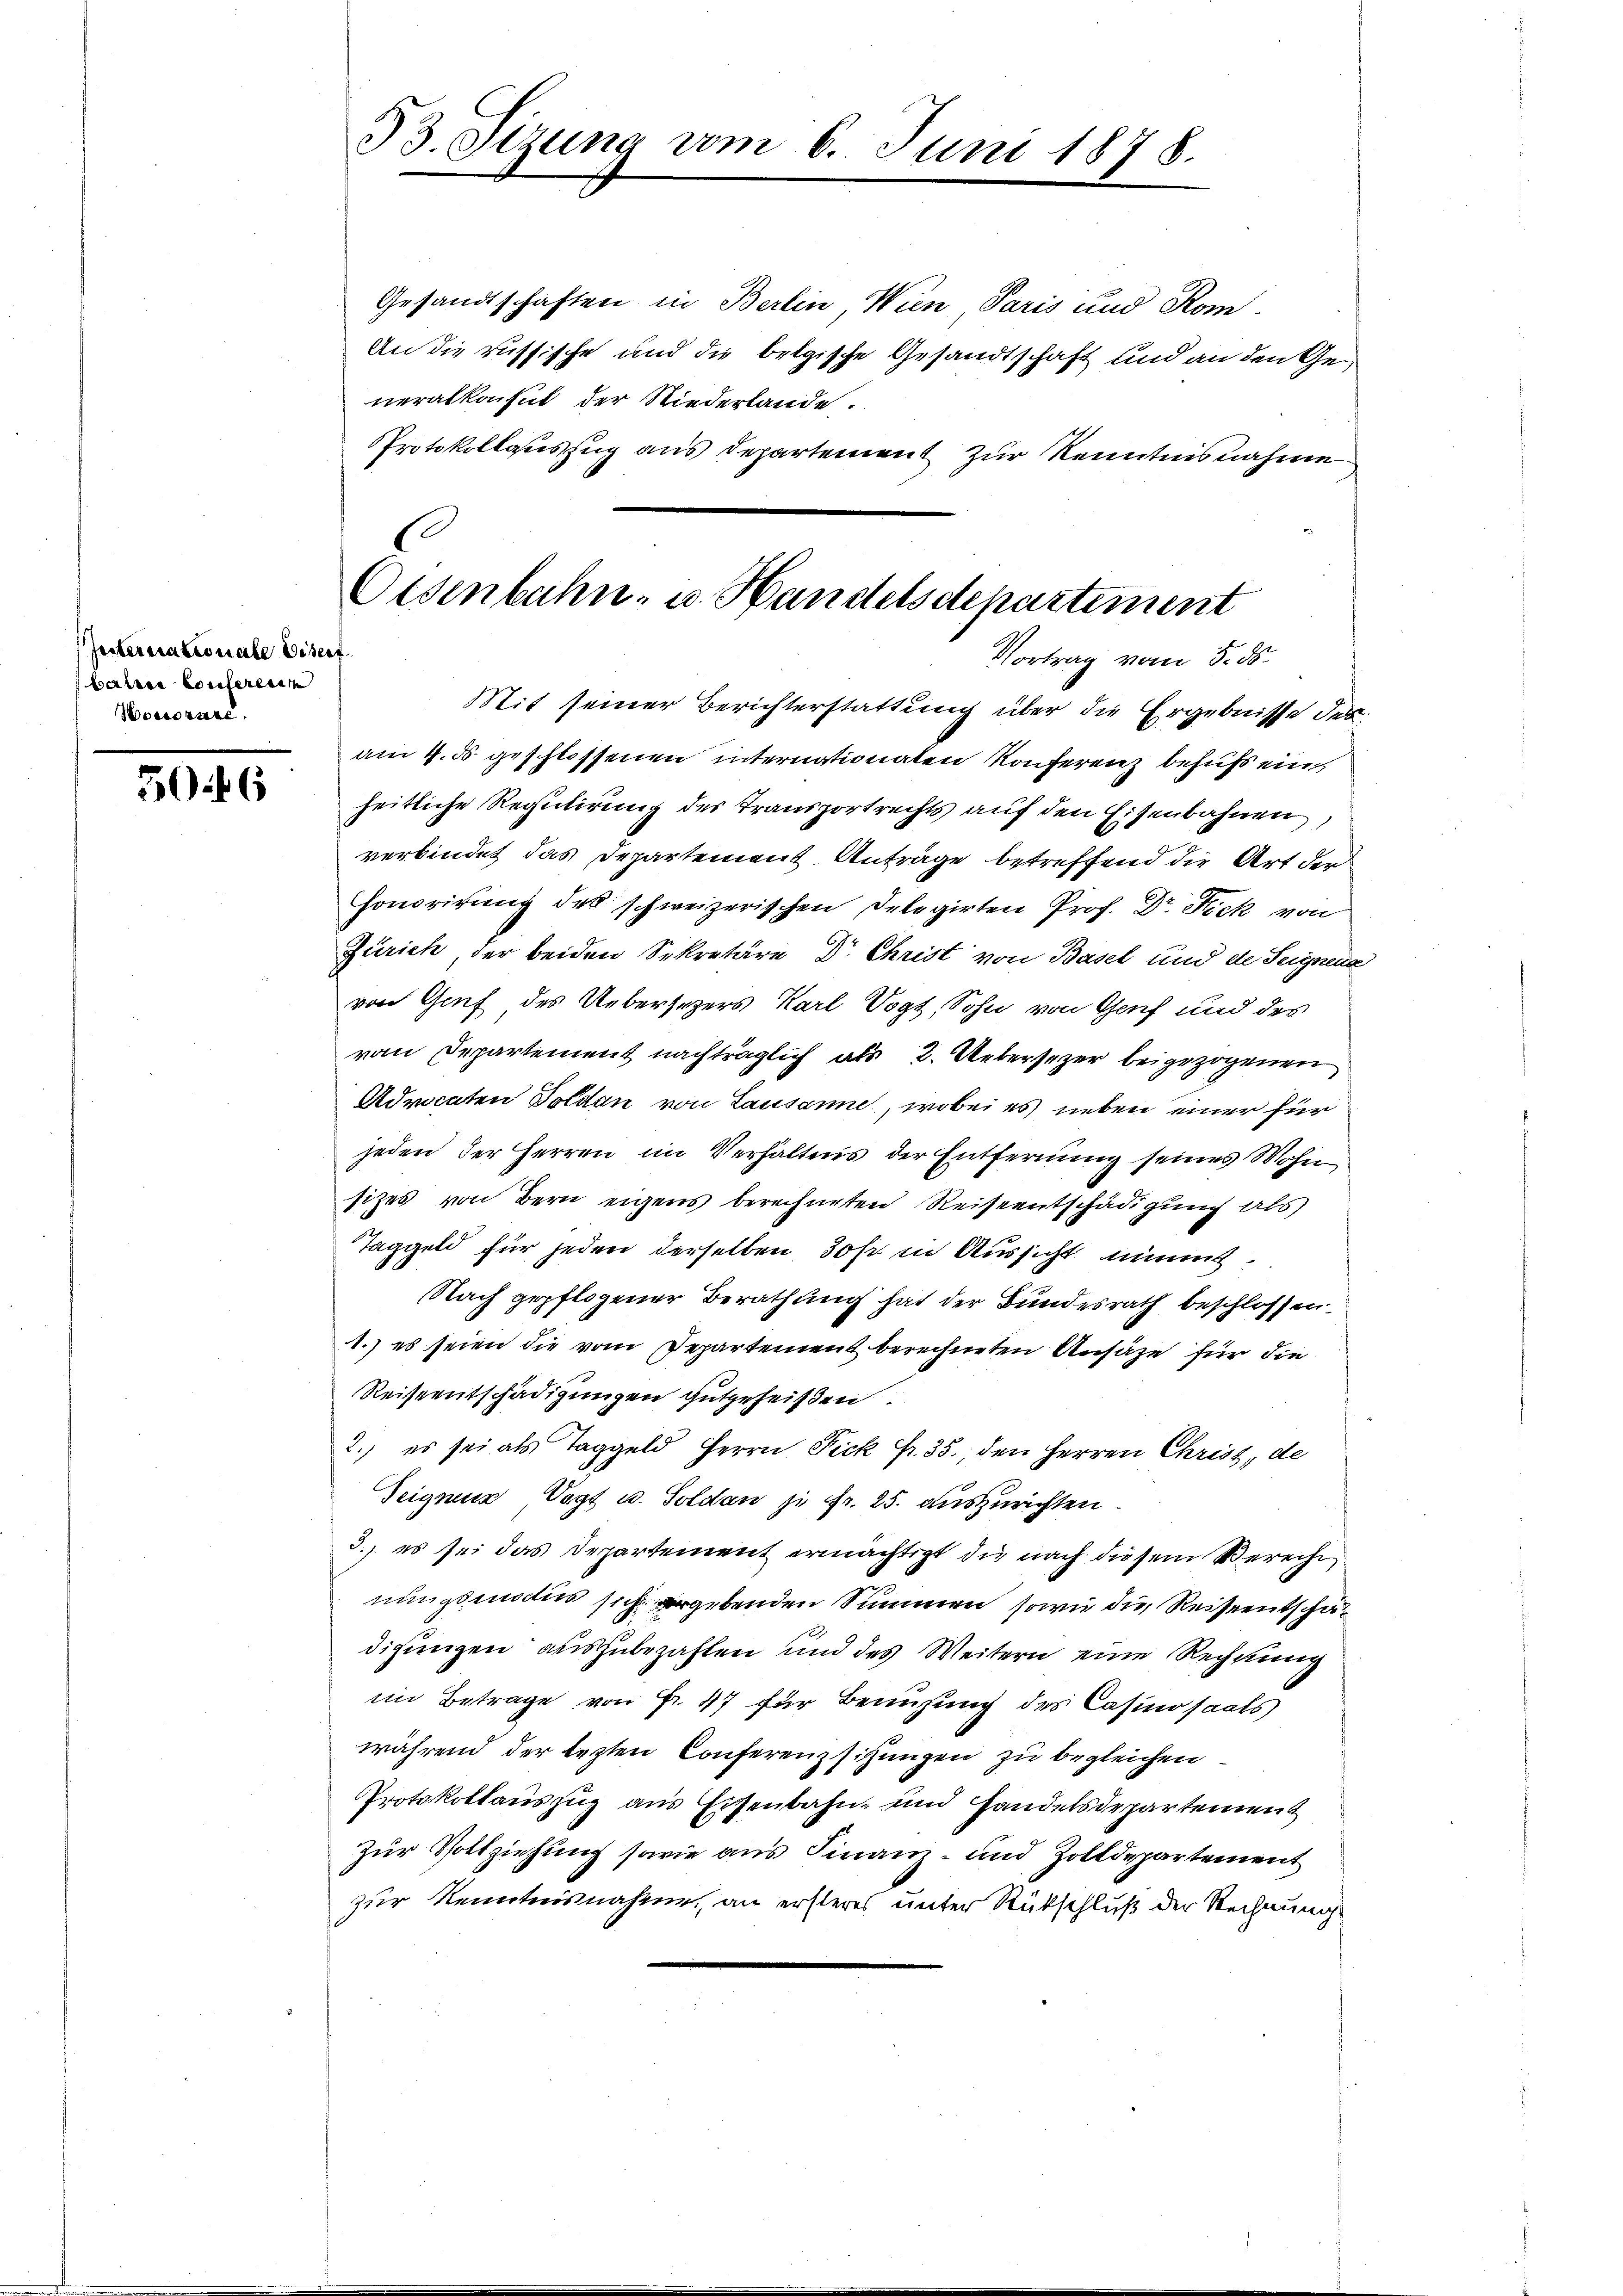
Isternationale desse
bahren Consererer
Hoctoriere.

5046

33. Sizung vom 6. Juni 1878.

Gesandtschaften in Berlin, Wien Paris und Kom-
An die russische und die belgische Gesandtschaft und an den Generalkonsul der Niederlande.
Protokollauszug aus Departement zur Kenntnisnahme
Mit seiner Berichterstattung über die Ergebnisse des
am 4. ds geschlossenen internationaten Konferenz behufs ein
heitliche Regulirung des Transportrechts auf den Eisenbahnen,
verbindet das Departement Anträge betreffend die Art der
Honorirung des schweizerischen Delegirten Prof. Dr. Fick von
Zürich, der beiden Sekretäre Dr. Christ von Basel und de Seignend
von Genf des Uebersezers Karl Vogt, Sohn von Genf und des
vom Departement nachträglich als 2. Uebersezer beigezogenen
Advocaten Dolden von Lausanne, wobei es neben einer für
jeden der Herren im Verhältnis der Entfernung seines Wohn
sizes von Bern eigens berechneten Reiseentschädigung als
Taggeld für jeden derselben 30fr in Aussicht nimmt.
Nach gepflogener Berathung hat der Bundesrath beschlossen.
1.) es seien die vom Departement berechneten Ansähe für die
Reiseentschädigungen gutgeheißen.
2.) es sei als Taggeld Herrn Fick Fr. 35, den Herren Christ, de
Seignen Vogt u. Soldan je Fr. 25. auszurichten.
3.) es sei das Departement ermächtigt, die nach diesem Bereche
nungsmodus sich ergebenden Summen, sowie die Reiseentschär
digungen auszubezahlen und des Weitern eine Rechnung
im Betrage von Fr. 47 für Bemühung des Casinosaals
während der lezten Conferenz sitzungen zu begleichen
Protokollauszug aus Eisenbahn- und Handelsdepartement
Zur Vollziehung sowie aus Finanz- und Zolldepartement
zur Kenntnisnahme, an ersteres unter Rückschluß der Rechnung

C
Osenbahn- u. Handelsdepartement
e
Vortrag vom 5. ds.